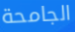
الجامحة